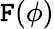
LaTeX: \mathtt{F}(\phi)